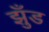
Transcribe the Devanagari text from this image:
झुँड